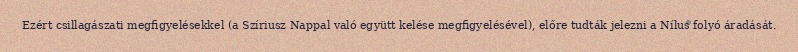
Ezért csillagászati megfigyelésekkel (a Szíriusz Nappal való együtt kelése megfigyelésével), előre tudták jelezni a Nílus folyó áradását.